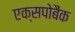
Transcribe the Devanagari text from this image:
एक्सपोबैंक